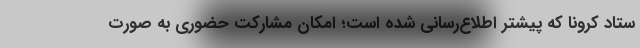
ستاد کرونا که پیشتر اطلاع‌رسانی شده است؛ امکان مشارکت حضوری به صورت